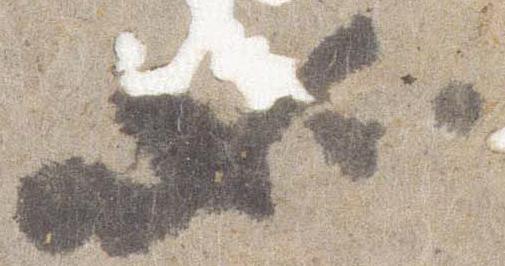
如